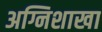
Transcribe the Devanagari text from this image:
अग्निशाखा